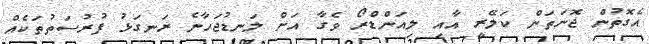
އެގޮތުން ޖޮނަތަން ކަލޭރީ އާއި ލިއަންޑްރޯ ވެގާ އަށް ލަނޑުޖަހާނެ ރަނގަޅު ފުރުސަތުތަކެއް